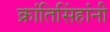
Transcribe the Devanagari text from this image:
क्रांतिसिंहांनी